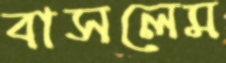
বাসলেম